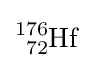
{\ce {^{176}_{72}Hf}}